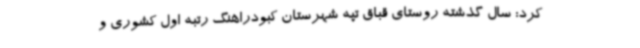
کرد: سال گذشته روستای قباق تپه شهرستان کبودراهنگ رتبه اول کشوری و